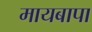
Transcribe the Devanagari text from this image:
मायबापा